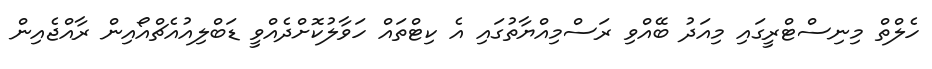
ހެލްތް މިނިސްޓްރީގައި މިއަދު ބޭއްވި ރަސްމިއްޔާތުގައި އެ ކިޓްތައް ހަވާލުކޮށްދެއްވީ ޑަބްލިއުއެޗްއޯއިން ރާއްޖެއިން